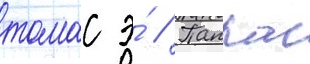
томас э́ // Паппас